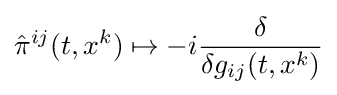
{\hat {\pi }}^{ij}(t,x^{k})\mapsto -i{\frac {\delta }{\delta g_{ij}(t,x^{k})}}